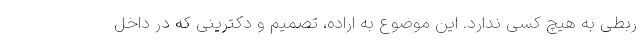
ربطی به هیچ کسی ندارد. این موضوع به اراده، تصمیم و دکترینی که در داخل